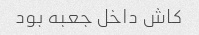
کاش داخل جعبه بود